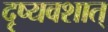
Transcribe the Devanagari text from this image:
दृष्यवशात्